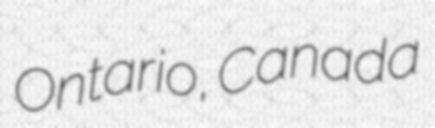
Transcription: Ontario, Canada